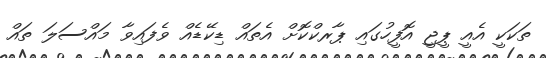
ތަކަކީ އެއީ ޕީޖީ އޮފީހުގައި ޕާރކްކޮށް އެތައް ޑިކޭޑެއް ވެފައިވާ މައްސަލަ ތައް